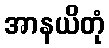
အာနယိတုံ